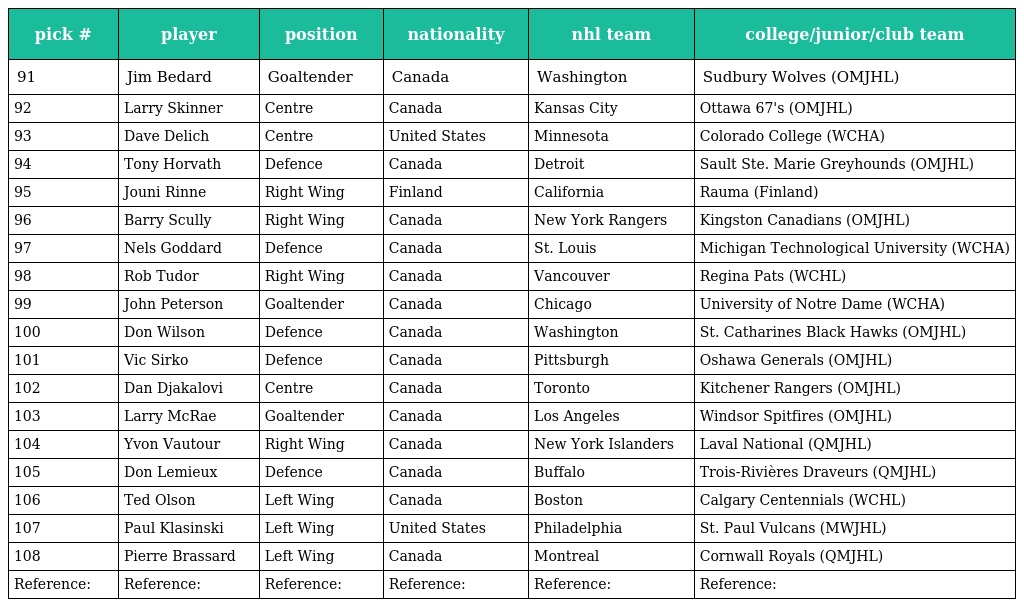
| pick # | player | position | nationality | nhl team | college/junior/club team |
 | --- | --- | --- | --- | --- | --- |
 | 91 | Jim Bedard | Goaltender | Canada | Washington | Sudbury Wolves (OMJHL) |
 | 92 | Larry Skinner | Centre | Canada | Kansas City | Ottawa 67's (OMJHL) |
 | 93 | Dave Delich | Centre | United States | Minnesota | Colorado College (WCHA) |
 | 94 | Tony Horvath | Defence | Canada | Detroit | Sault Ste. Marie Greyhounds (OMJHL) |
 | 95 | Jouni Rinne | Right Wing | Finland | California | Rauma (Finland) |
 | 96 | Barry Scully | Right Wing | Canada | New York Rangers | Kingston Canadians (OMJHL) |
 | 97 | Nels Goddard | Defence | Canada | St. Louis | Michigan Technological University (WCHA) |
 | 98 | Rob Tudor | Right Wing | Canada | Vancouver | Regina Pats (WCHL) |
 | 99 | John Peterson | Goaltender | Canada | Chicago | University of Notre Dame (WCHA) |
 | 100 | Don Wilson | Defence | Canada | Washington | St. Catharines Black Hawks (OMJHL) |
 | 101 | Vic Sirko | Defence | Canada | Pittsburgh | Oshawa Generals (OMJHL) |
 | 102 | Dan Djakalovi | Centre | Canada | Toronto | Kitchener Rangers (OMJHL) |
 | 103 | Larry McRae | Goaltender | Canada | Los Angeles | Windsor Spitfires (OMJHL) |
 | 104 | Yvon Vautour | Right Wing | Canada | New York Islanders | Laval National (QMJHL) |
 | 105 | Don Lemieux | Defence | Canada | Buffalo | Trois-Rivières Draveurs (QMJHL) |
 | 106 | Ted Olson | Left Wing | Canada | Boston | Calgary Centennials (WCHL) |
 | 107 | Paul Klasinski | Left Wing | United States | Philadelphia | St. Paul Vulcans (MWJHL) |
 | 108 | Pierre Brassard | Left Wing | Canada | Montreal | Cornwall Royals (QMJHL) |
 | Reference: | Reference: | Reference: | Reference: | Reference: | Reference: |